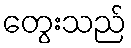
တွေးသည်